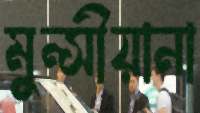
মুন্সীয়ানা